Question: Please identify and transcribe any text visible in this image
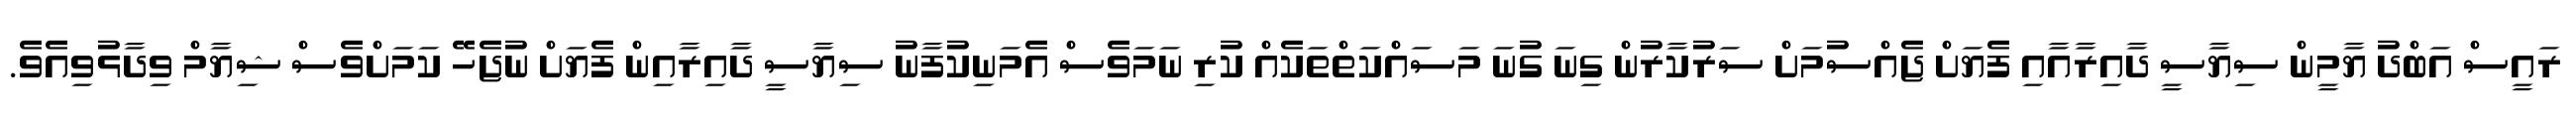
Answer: ރައީސް އަބްދު ޔާމީން ސިޔާސީ ދާއިރާއާއި ފެޔަށް ޖެއްސުމަށް ސަރުކާރުން ގިނަ ގުނަ މަސައްކަތްތަކެއް ކުރި ނަމަވެސް އެމަނިކުފާނު ސިޔާސީ ދާއިރާއިން ފެޔަށް ނުޖެހޭ ކަމަށްވެސް ޝިޔާމް ވިދާޅުވިއެވެ.